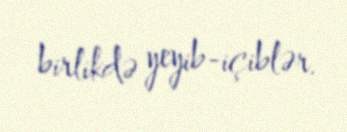
birlikdə yeyib-içiblər.